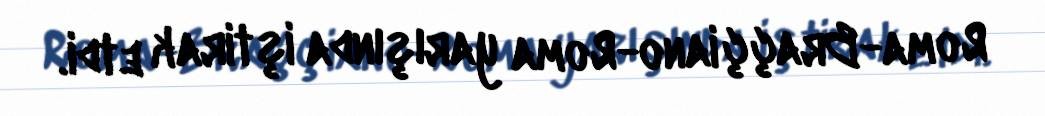
Roma-Braççiano-Roma yarışında iştirak etdi.